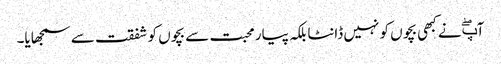
آپۖ نے کبھی بچوں کو نہیں ڈانٹا بلکہ پیار محبت سے بچوں کو شفقت سے سمجھایا۔